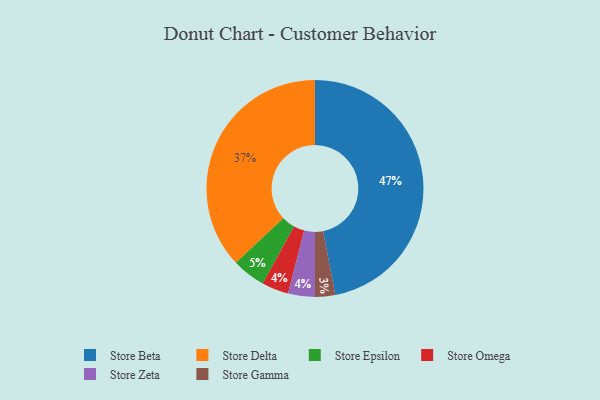
{"axis": {"x": "Category", "y": "Percentage"}, "legend": ["Store Beta", "Store Delta", "Store Epsilon", "Store Gamma", "Store Omega", "Store Zeta"], "data": [{"x": "Store Gamma", "y": 3, "type": "Store Gamma"}, {"x": "Store Delta", "y": 37, "type": "Store Delta"}, {"x": "Store Beta", "y": 47, "type": "Store Beta"}, {"x": "Store Omega", "y": 4, "type": "Store Omega"}, {"x": "Store Epsilon", "y": 5, "type": "Store Epsilon"}, {"x": "Store Zeta", "y": 4, "type": "Store Zeta"}]}